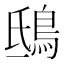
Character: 鴟